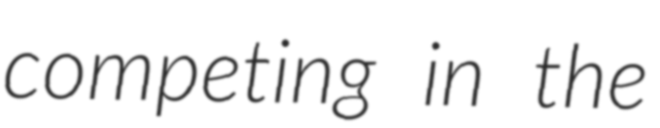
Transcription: competing in the